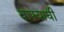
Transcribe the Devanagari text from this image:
वाफ्याची